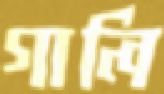
গালি